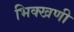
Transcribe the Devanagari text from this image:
भिक्खणी